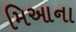
મિઆના